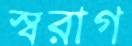
স্বরাগ